system: You are a helpful assistant.
user:
Analyze the provided spectrum to determine if it is a **"Cataclysmic Variables (CV)"**.

- **Key Indicators for CV (Check for either state):**
    - **State 1: Quiescent / Low-State (Emission-Dominated)**
        - **(Primary):** Strong and *very broad* Hydrogen Balmer emission lines (e.g., $H\alpha$ at 6563 Å, $H\beta$ at 4861 Å). The 'broadness' (high velocity dispersion, often FWHM > 1000 km/s) is the key diagnostic, indicating a high-velocity accretion disk.
        - **(Secondary):** Broad neutral Helium (He I) emission lines (e.g., 5876 Å, 6678 Å).
        - **(Key Confirmation):** Presence of high-excitation *ionized* Helium (He II) emission at 4686 Å. This is a strong indicator of accretion onto a white dwarf.
        - **(Line Profile):** Emission lines may exhibit a 'double-peaked' profile, which is a classic signature of a rotating accretion disk viewed at high inclination.

    - **State 2: Outburst / High-State (Absorption-Dominated)**
        - **(Primary):** Spectrum is dominated by a bright, blue continuum (looks like a hot star).
        - **(Secondary):** The emission lines from State 1 are weak, absent, or 'filled in', and are replaced by broad, shallow *absorption* lines (primarily Balmer and He I).
        - **(Morphology):** The overall spectrum mimics a hot B/A-type star. The crucial difference is that the absorption lines are significantly broader, shallower, and more 'washed-out' (or 'smeared') than the sharp lines of a normal stellar photosphere, due to high rotational speeds and pressure broadening in the disk.

Think first, call **spectral_visualization_tool** if needed to examine features in detail, then provide your final answer. Your response must adhere to the following strict rules:
1.  **Overall Structure:** Your response must follow the format `<think>...</think> <tool_call>...</tool_call> (if a tool is used) <answer>...</answer>`.
2.  **Tool Usage Constraint:** You may only make **one** tool call per turn.
3.  **Final Answer Format:** In the `<answer>` tag, your conclusion must be inside a `\boxed{}` command (e.g., `\boxed{YES}`), followed by your justification.

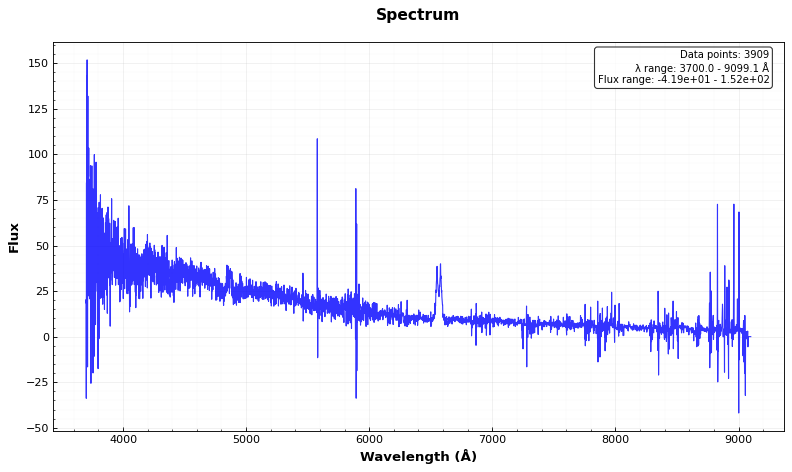
Answer: YES